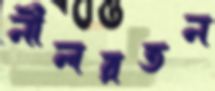
নীলরতন